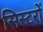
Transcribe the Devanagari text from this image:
सिस्टरों